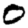
Digit: 0